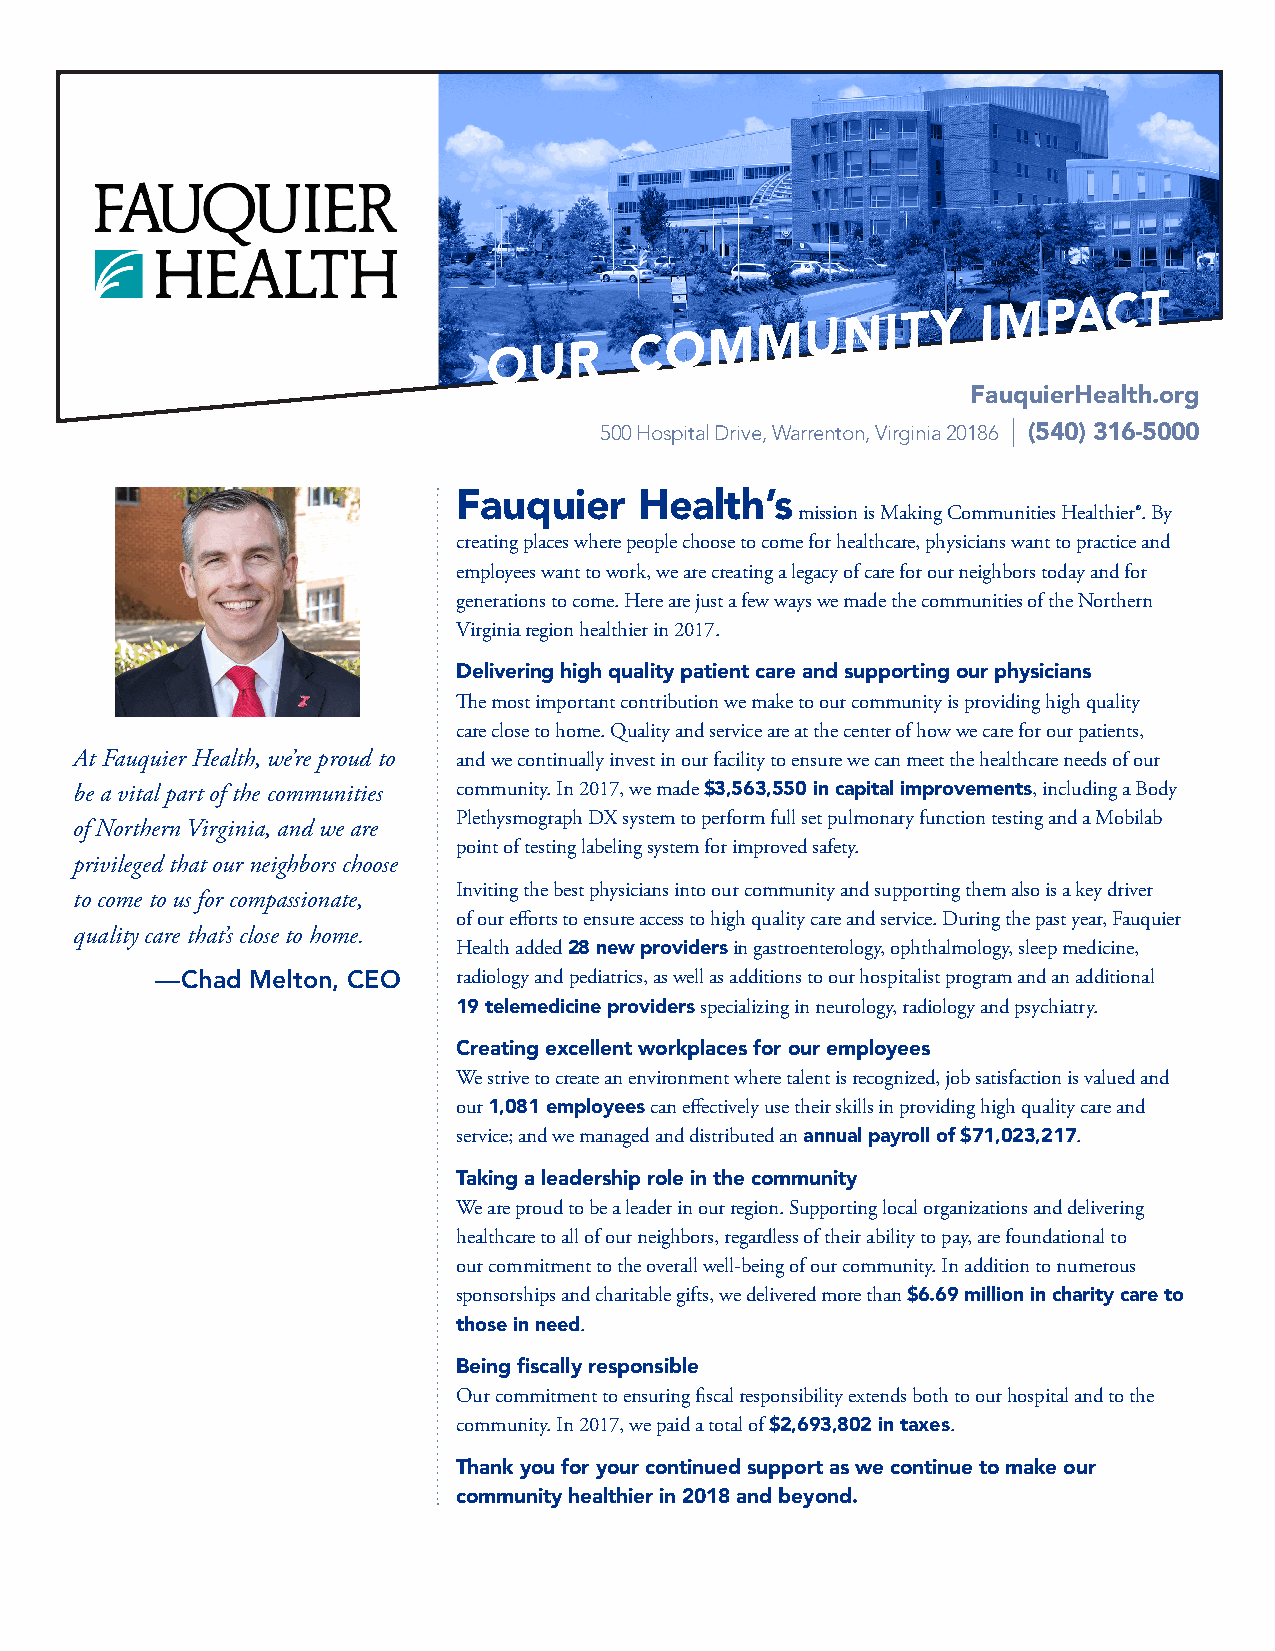
FauquierHealth.org
 500 Hospital Drive, Warrenton, Virginia 20186 | (540) 316-5000
 Fauquier    Health’s
 mission is Making Communities Healthier®. By
 creating places where people choose to come for healthcare, physicians want to practice and
 employees want to work, we are creating a legacy of care for our neighbors today and for
 generations to come. Here are just a few ways we made the communities of the Northern
 Virginia region healthier in 2017.
 Delivering high quality patient care and supporting our physicians
 The most important contribution we make to our community is providing high quality
 care close to home. Quality and service are at the center of how we care for our patients,
 At Fauquier Health, we’re proud to and we continually invest in our facility to ensure we can meet the healthcare needs of our
 be a vital part of the communities community. In 2017, we made $3,563,550 in capital improvements, including a Body
 Plethysmograph DX system to perform full set pulmonary function testing and a Mobilab
 of Northern Virginia, and we are
 point of testing labeling system for improved safety.
 privileged that our neighbors choose
 Inviting the best physicians into our community and supporting them also is a key driver
 to come to us for compassionate,
 of our efforts to ensure access to high quality care and service. During the past year, Fauquier
 quality care that’s close to home.
 Health added 28 new providers in gastroenterology, ophthalmology, sleep medicine,
 —Chad Melton, CEO   radiology and pediatrics, as well as additions to our hospitalist program and an additional
 19 telemedicine providers specializing in neurology, radiology and psychiatry.
 Creating excellent workplaces for our employees
 We strive to create an environment where talent is recognized, job satisfaction is valued and
 our 1,081 employees can effectively use their skills in providing high quality care and
 service; and we managed and distributed an annual payroll of $71,023,217.
 Taking a leadership role in the community
 We are proud to be a leader in our region. Supporting local organizations and delivering
 healthcare to all of our neighbors, regardless of their ability to pay, are foundational to
 our commitment to the overall well-being of our community. In addition to numerous
 sponsorships and charitable gifts, we delivered more than $6.69 million in charity care to
 those in need.
 Being fiscally responsible
 Our commitment to ensuring fiscal responsibility extends both to our hospital and to the
 community. In 2017, we paid a total of $2,693,802 in taxes.
 Thank you for your continued support as we continue to make our
 community healthier in 2018 and beyond.
 O  U  R   C O  M  M  U  N  I T Y I M P A C  T